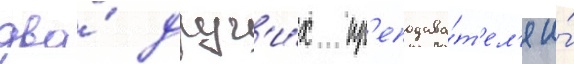
два́ друг'и́х пр'еподава́т'ел'я и́